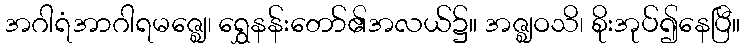
အဂါရံအာဂါရမဇ္ဈေ၊ ရွှေနန်းတော်၏အလယ်၌။ အဇ္ဈဝသိ၊ စိုးအုပ်၍နေပြီ။